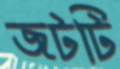
জটটি